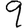
Digit: 9